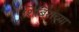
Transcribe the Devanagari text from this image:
शिबिराच्या